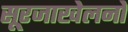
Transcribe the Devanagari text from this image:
सूरजाखेलनो